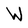
Character: W